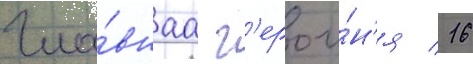
Гла́внаа г'ерои́н'я / 16